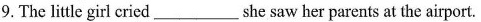
9. The little girl cried___she saw her parentsat the airport.